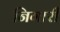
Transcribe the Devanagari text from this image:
निगारी